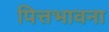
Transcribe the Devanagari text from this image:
पित्तभावना